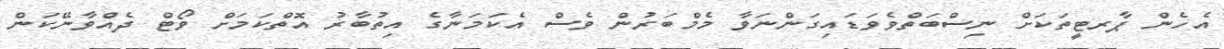
އެހެން ޕާރޓީތަކަށް ނިސްބަތްވެވަޑައިގަންނަވާ މެމްބަރުން ވެސް އެކަމަނާގެ އިތުބާރު އޮތްކަމަށް ވޯޓް ދެއްވާނޭކަން